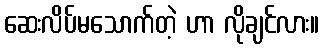
ဆေးလိပ်မသောက်တဲ့ ဟာ လိုချင်လား။